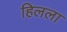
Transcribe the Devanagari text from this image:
हिलला